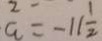
a = - 1 1 \frac { 1 } { 2 }